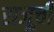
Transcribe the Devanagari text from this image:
राजूची